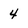
Character: 4